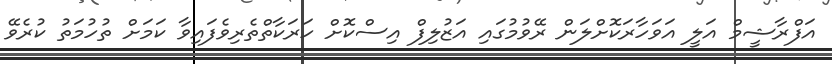
އަފްރާޝީމް އަލީ އަވަހާރަކޮށްލަން ރޭވުމުގައި އަޒުލިފް އިސްކޮށް ހަރަކާތްތެރިވެފައިވާ ކަމަށް ތުހުމަތު ކުރެވޭ